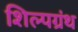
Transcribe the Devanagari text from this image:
शिल्पग्रंथ